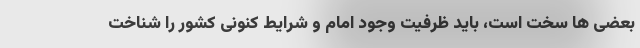
بعضی ها سخت است، باید ظرفیت وجود امام و شرایط کنونی کشور را شناخت